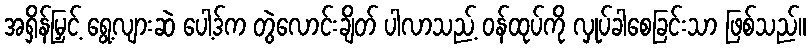
အရှိန်မြှင့် ရွေ့လျားဆဲ ပေါ့ဒ်က တွဲလောင်းချိတ် ပါလာသည့် ဝန်ထုပ်ကို လှုပ်ခါစေခြင်းသာ ဖြစ်သည်။